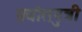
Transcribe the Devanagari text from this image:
प्रद्योतपुत्री